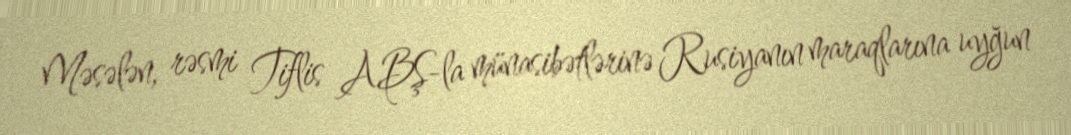
Məsələn, rəsmi Tiflis ABŞ-la münasibətlərinə Rusiyanın maraqlarına uyğun